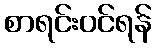
စာရင်းဝင်ရန်